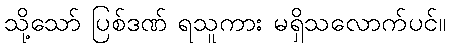
သို့သော် ပြစ်ဒဏ် ရသူကား မရှိသလောက်ပင်။